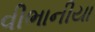
વીભાનીયા